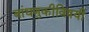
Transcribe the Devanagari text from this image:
बांधणुकीविषयी